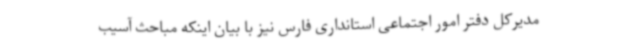
مدیرکل دفتر امور اجتماعی استانداری فارس نیز با بیان اینکه مباحث آسیب